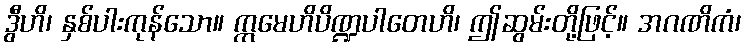
ဒွီဟိ၊ နှစ်ပါးကုန်သော။ ဣမေဟိပိဏ္ဍပါတေဟိ၊ ဤဆွမ်းတို့ဖြင့်။ အဂဏိကံ၊